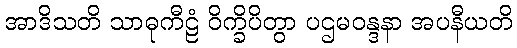
အာဒိသတိ သာဓုကီဠံ ဝိက္ခိပိတွာ ပဌမဝန္ဒနာ အပနီယတိ